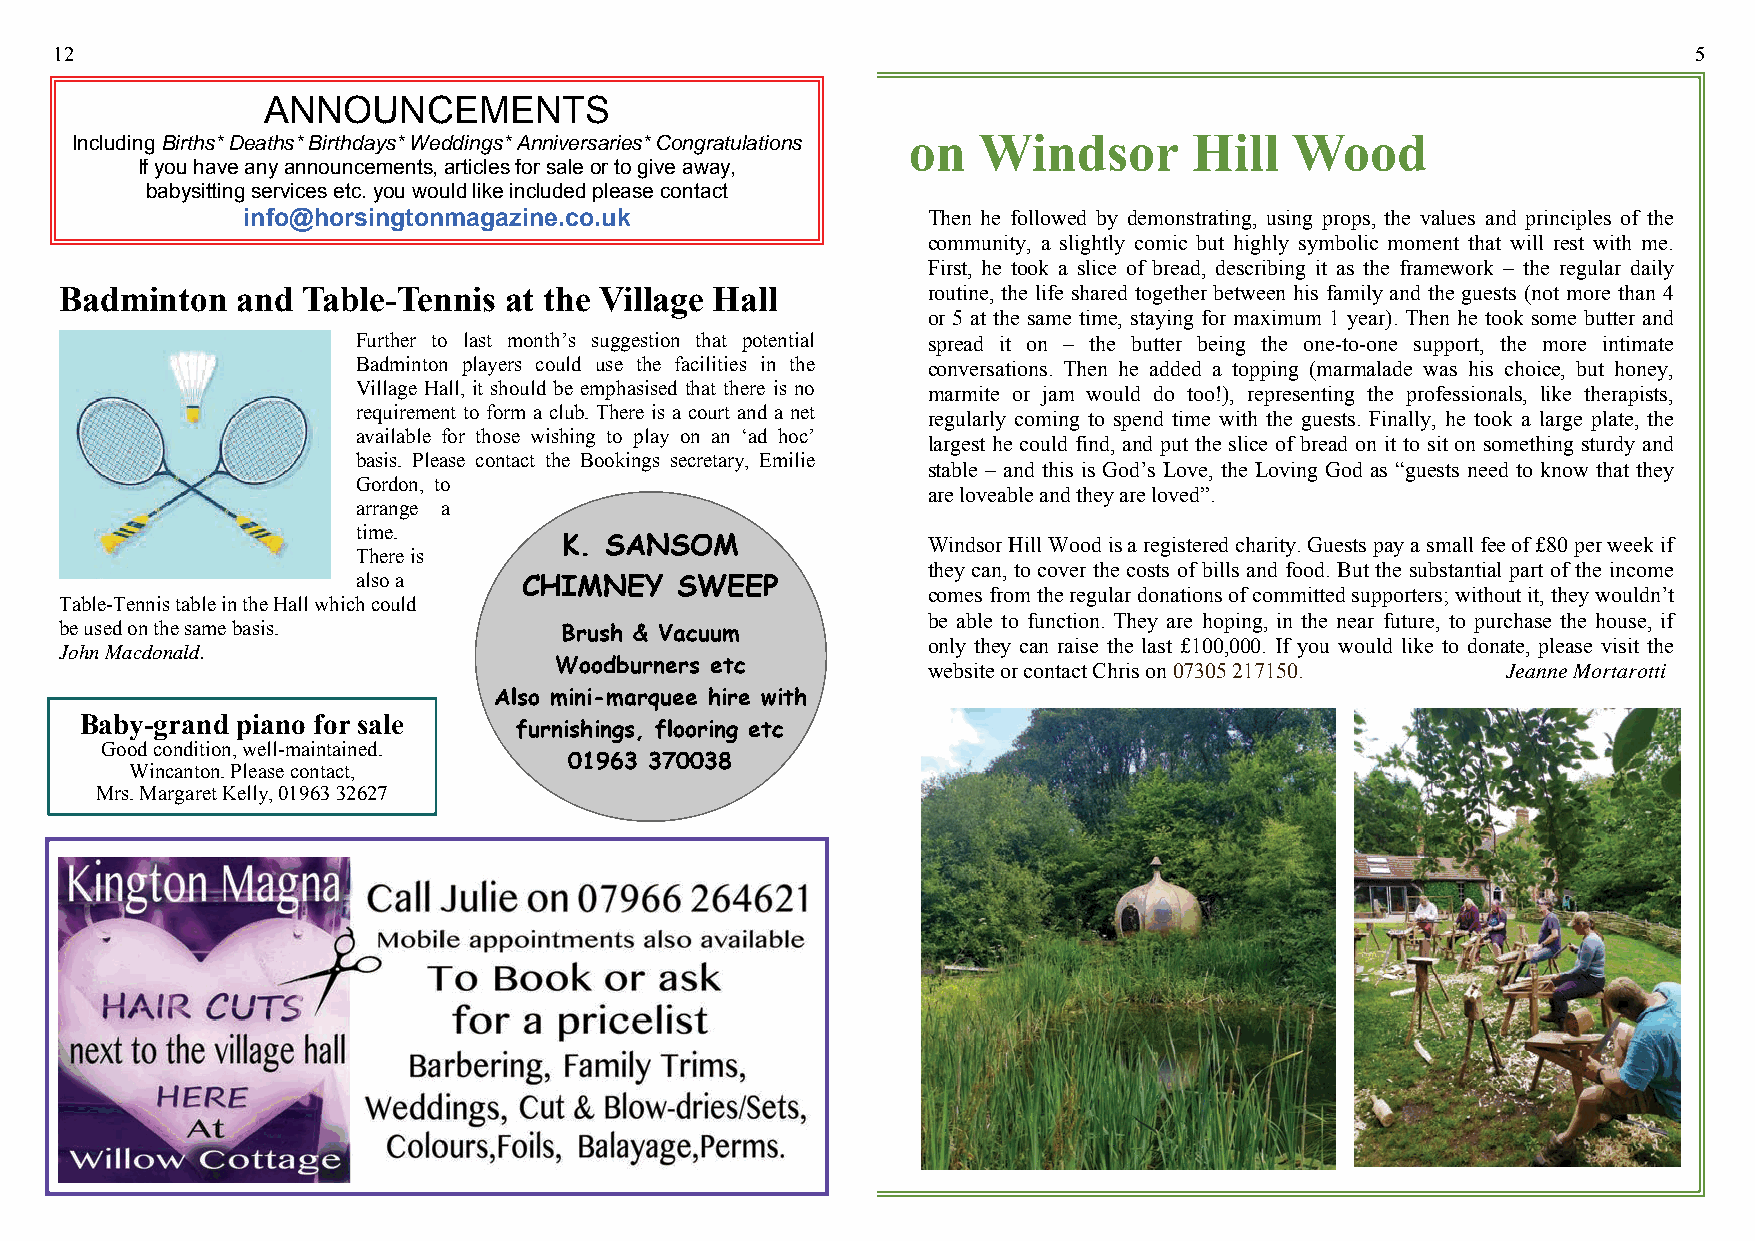
12                                                                                                          5
 ANNOUNCEMENTS
 Including Births* Deaths* Birthdays* Weddings* Anniversaries* Congratulations on Windsor Hill Wood
 If you have any announcements, articles for sale or to give away,
 babysitting services etc. you would like included please contact
 info@horsingtonmagazine.co.uk                Then he followed by demonstrating, using props, the values and principles of the
 community, a slightly comic but highly symbolic moment that will rest with me.
 First, he took a slice of bread, describing it as the framework – the regular daily
 Badminton   and Table-Tennis at the Village Hall         routine, the life shared together between his family and the guests (not more than 4
 or 5 at the same time, staying for maximum 1 year). Then he took some butter and
 Further to last month’s suggestion that potential spread it on – the butter being the one-to-one support, the more intimate
 Badminton players could use the facilities in the conversations. Then he added a topping (marmalade was his choice, but honey,
 Village Hall, it should be emphasised that there is no marmite or jam would do too!), representing the professionals, like therapists,
 requirement to form a club. There is a court and a net regularly coming to spend time with the guests. Finally, he took a large plate, the
 available for those wishing to play on an ‘ad hoc’
 largest he could find, and put the slice of bread on it to sit on something sturdy and
 basis. Please contact the Bookings secretary, Emilie
 stable – and this is God’s Love, the Loving God as “guests need to know that they
 Gordon, to
 are loveable and they are loved”.
 arrange a
 time.
 K. SANSOM               Windsor Hill Wood is a registered charity. Guests pay a small fee of £80 per week if
 There is
 they can, to cover the costs of bills and food. But the substantial part of the income
 also a     CHIMNEY   SWEEP
 comes from the regular donations of committed supporters; without it, they wouldn’t
 Table-Tennis table in the Hall which could
 be able to function. They are hoping, in the near future, to purchase the house, if
 be used on the same basis.
 Brush & Vacuum
 only they can raise the last £100,000. If you would like to donate, please visit the
 John Macdonald.
 Woodburners etc         website or contact Chris on 07305 217150. Jeanne Mortarotti
 Also mini-marquee hire with
 Baby-grand piano for sale
 furnishings, flooring etc
 Good condition, well-maintained.
 01963 370038
 Wincanton. Please contact,
 Mrs. Margaret Kelly, 01963 32627